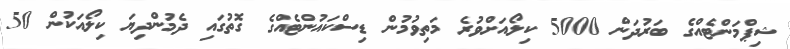
ޝިޕްމަންޓެއްގެ ބަރުދަން 5000 ކިލޯއަށްވުރެ މަތިވުމުން ޑިސްކައުންޓެއްގެ ގޮތުގައި ދެމުންދިޔަ ކިލޯއަކުން 50